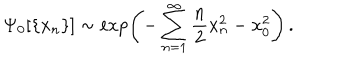
\Psi _ { 0 } [ \{ x _ { n } \} ] \sim \exp \left( - \sum _ { n = 1 } ^ { \infty } \frac { n } { 2 } x _ { n } ^ { 2 } - x _ { 0 } ^ { 2 } \right) \, .